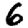
Digit: 6